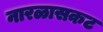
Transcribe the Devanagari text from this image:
नारळासकट